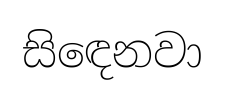
සිඳෙනවා